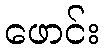
ဖောင်း